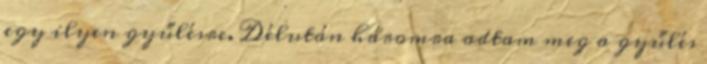
egy ilyen gyűlésre. Délután háromra adtam meg a gyűlés